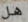
هل